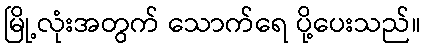
မြို့လုံးအတွက် သောက်ရေ ပို့ပေးသည်။